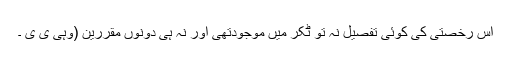
اس رخصتی کی کوئی تفصیل نہ تو ٹکر میں موجودتھی اور نہ ہی دونوں مقررین (وہی ی ی ۔